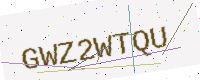
Text: GWZ2WTQU